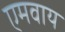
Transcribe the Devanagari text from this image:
एमवाय